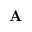
\mathbf { A }